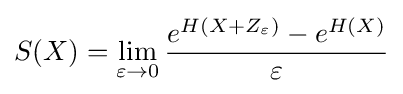
S(X)=\lim _{\varepsilon \to 0}{\frac {e^{H(X+Z_{\varepsilon })}-e^{H(X)}}{\varepsilon }}